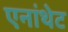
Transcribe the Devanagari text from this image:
एनांथेट